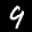
Label: 9